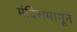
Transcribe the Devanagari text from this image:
मंदिरामागून